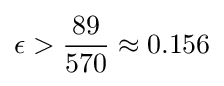
\epsilon >{\frac {89}{570}}\approx 0.156